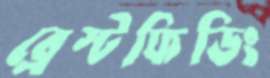
ব্রেস্টফিডিং